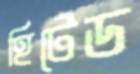
হিটেড